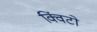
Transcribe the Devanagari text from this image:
क्विंटो